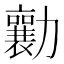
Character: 勷